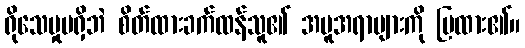
ရိုသေမှုမရှိဘဲ စိတ်ထားခက်ထန်သူ၏ အမူအရာများကို ပြထား၏။